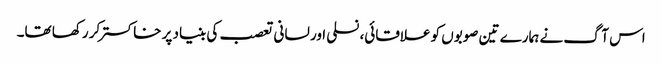
اس آگ نے ہمارے تین صوبوں کو علاقائی، نسلی اور لسانی تعصب کی بنیاد پر خاکستر کر رکھا تھا۔